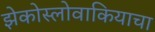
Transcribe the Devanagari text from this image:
झेकोस्लोवाकियाचा